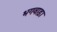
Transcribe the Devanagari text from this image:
भगवाड़ा